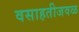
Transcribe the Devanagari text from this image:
वसाहतीजवळ